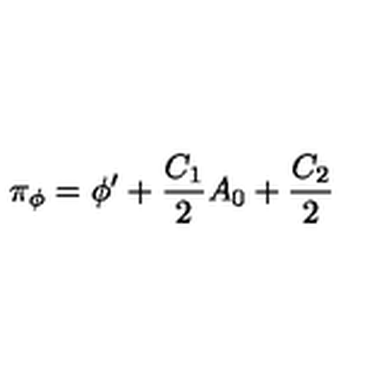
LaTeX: \pi _ { \phi } = \phi ^ { \prime } + { \frac { C _ { 1 } } { 2 } } A _ { 0 } + { \frac { C _ { 2 } } { 2 } }